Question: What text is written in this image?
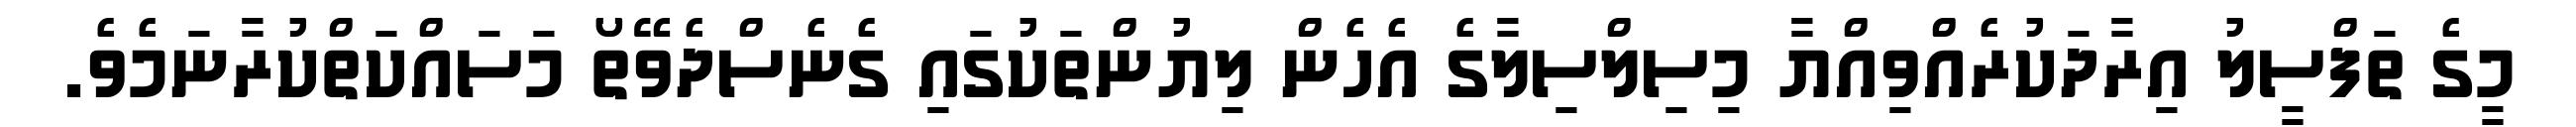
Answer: މީގެ ތަފްސީލު އިރާދަކުރެއްވިއްޔާ މިސިލްސިލާގެ އެހެން ލިޔުންތަކުގައި ގެނެސްދެވޭތޯ މަސައްކަތްކުރާނަމެވެ.